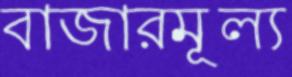
বাজারমূল্য